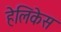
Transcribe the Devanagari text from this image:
हेलिकेस